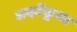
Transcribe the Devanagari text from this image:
अदवेंकुला